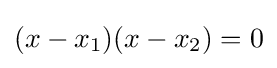
(x-x_{1})(x-x_{2})=0